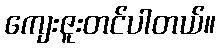
ကျေးဇူးတင်ပါတယ်။